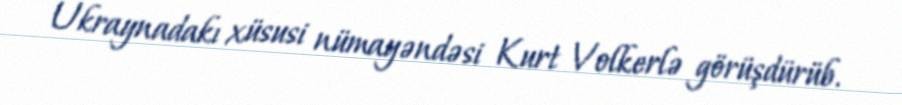
Ukraynadakı xüsusi nümayəndəsi Kurt Volkerlə görüşdürüb.